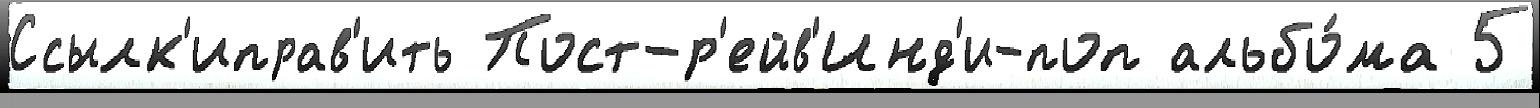
Ссылк'иправ'ить Пост-р'ейв'Инд'и-поп альбо́ма 5